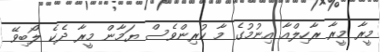
މީރާ މީރާ ރާހިލްއާ އިނުމުގެ މާ ކުރިންވެސް ޔަމާން މީރާ ދެކެ ލޯބިވޭ